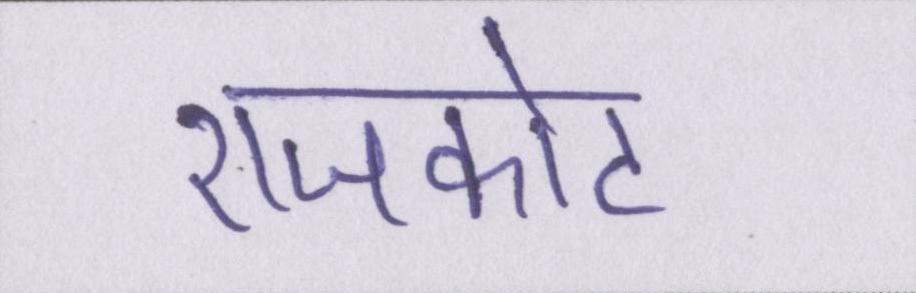
राजकोट